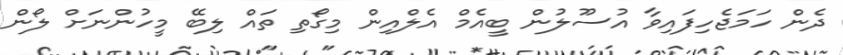
ދެން ހަމަޖެހިފައިވާ އުސޫލުން ބީއެމް އެލްއިން މިގޯތި ތައް ލިބޭ މީހުންނަށް ލޯން